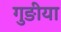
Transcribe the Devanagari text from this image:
गुङीया